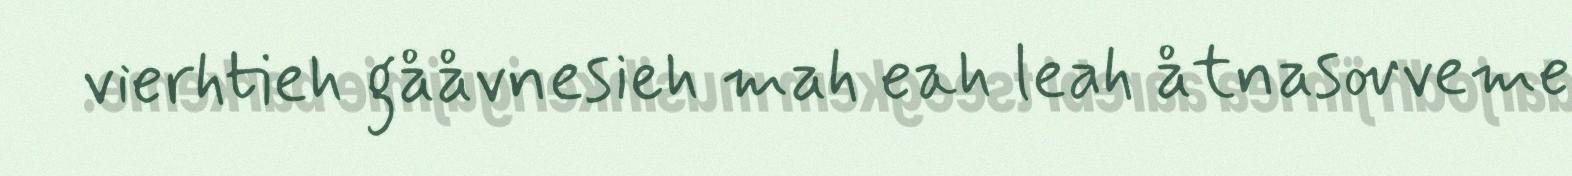
vierhtieh gååvnesieh mah eah leah åtnasovveme